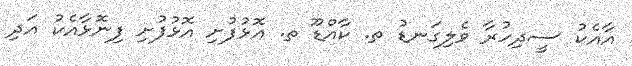
އާާއެކު ސީދިހުރާ ވެލިގަނޑު ތ. ކާއްޑޫ ތ. އޮޅުފުށި އޮޅުފުށި ފިނޮޅާއެެކު އަދި